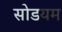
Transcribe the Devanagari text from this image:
सोडयम